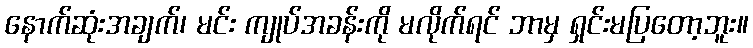
နောက်ဆုံးအချက်၊ မင်း ကျုပ်အခန်းကို မလိုက်ရင် ဘာမှ ရှင်းမပြတော့ဘူး။